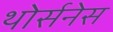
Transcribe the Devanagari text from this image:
थोर्सनेस